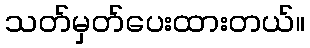
သတ်မှတ်ပေးထားတယ်။